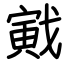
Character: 戭